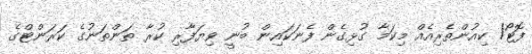
ފޮޓޯ/ ކިއުންތެރިއެއް މިކަމާ ގުޅިގެން ފެނަކައިން ބުނީ ވިޔަފާރި ކުރާ ތަންތަނުގެ ކަރަންޓްގެ